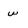
Character: w